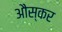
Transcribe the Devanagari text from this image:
औस्कर